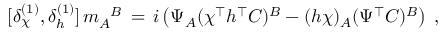
[ \delta _ { \chi } ^ { ( 1 ) } , \delta _ { h } ^ { ( 1 ) } ] \, m _ { A } ^ { \phantom { A } B } \, = \, i \left( \Psi _ { A } ( \chi ^ { \top } h ^ { \top } C ) ^ { B } - ( h \chi ) _ { A } ( \Psi ^ { \top } C ) ^ { B } \right) \; ,